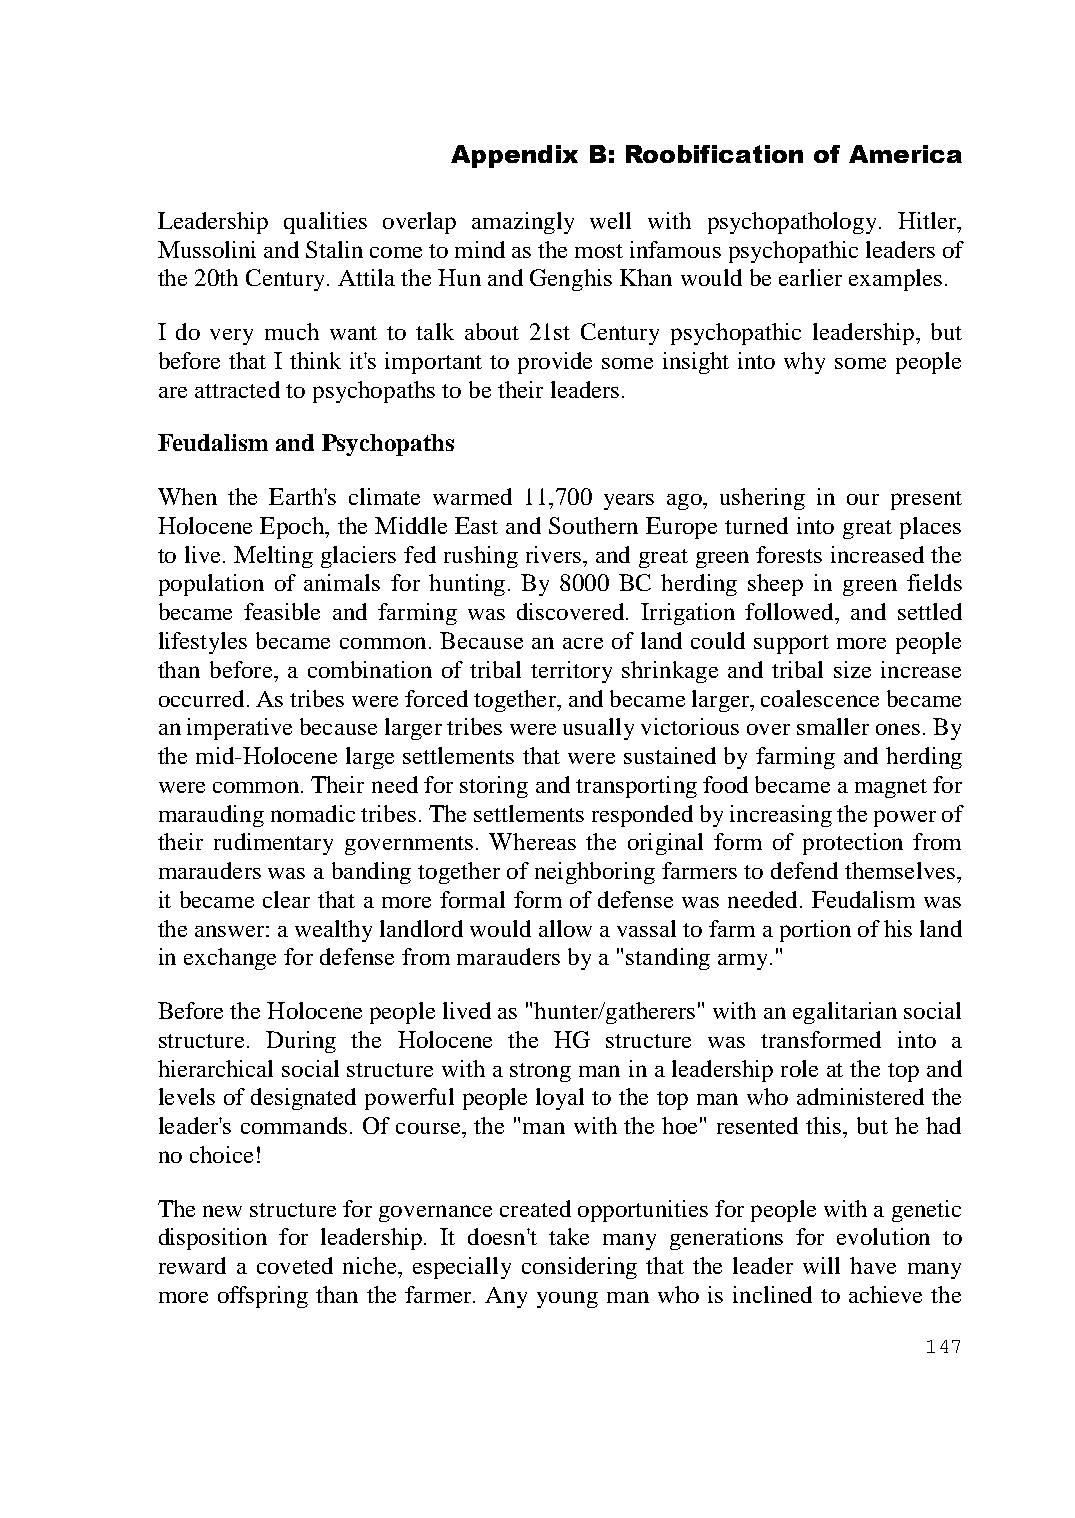
Appendix B: Roobification of America
 Leadership qualities overlap amazingly well with psychopathology. Hitler,
 Mussolini and Stalin come to mind as the most infamous psychopathic leaders of
 the 20th Century. Attila the Hun and Genghis Khan would be earlier examples.
 I do very much want to talk about 21st Century psychopathic leadership, but
 before that I think it's important to provide some insight into why some people
 are attracted to psychopaths to be their leaders.
 Feudalism and Psychopaths
 When the Earth's climate warmed 11,700 years ago, ushering in our present
 Holocene Epoch, the Middle East and Southern Europe turned into great places
 to live. Melting glaciers fed rushing rivers, and great green forests increased the
 population of animals for hunting. By 8000 BC herding sheep in green fields
 became feasible and farming was discovered. Irrigation followed, and settled
 lifestyles became common. Because an acre of land could support more people
 than before, a combination of tribal territory shrinkage and tribal size increase
 occurred. As tribes were forced together, and became larger, coalescence became
 an imperative because larger tribes were usually victorious over smaller ones. By
 the mid-Holocene large settlements that were sustained by farming and herding
 were common. Their need for storing and transporting food became a magnet for
 marauding nomadic tribes. The settlements responded by increasing the power of
 their rudimentary governments. Whereas the original form of protection from
 marauders was a banding together of neighboring farmers to defend themselves,
 it became clear that a more formal form of defense was needed. Feudalism was
 the answer: a wealthy landlord would allow a vassal to farm a portion of his land
 in exchange for defense from marauders by a "standing army."
 Before the Holocene people lived as "hunter/gatherers" with an egalitarian social
 structure. During the Holocene the HG structure was transformed into a
 hierarchical social structure with a strong man in a leadership role at the top and
 levels of designated powerful people loyal to the top man who administered the
 leader's commands. Of course, the "man with the hoe" resented this, but he had
 no choice!
 The new structure for governance created opportunities for people with a genetic
 disposition for leadership. It doesn't take many generations for evolution to
 reward a coveted niche, especially considering that the leader will have many
 more offspring than the farmer. Any young man who is inclined to achieve the
 147